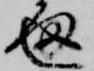
通